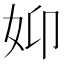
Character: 𮰺